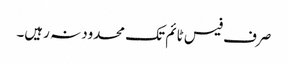
صرف فیس ٹائم تک محدود نہ رہیں۔